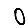
Digit: 0